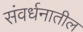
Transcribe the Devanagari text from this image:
संवर्धनातील